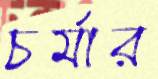
চর্মার